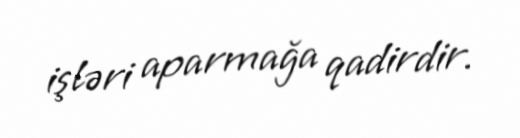
işləri aparmağa qadirdir.